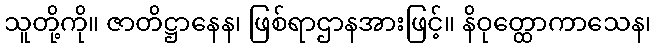
သူတို့ကို။ ဇာတိဋ္ဌာနေန၊ ဖြစ်ရာဌာနအားဖြင့်။ နိဝုတ္ထောကာသေန၊